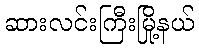
ဆားလင်းကြီးမြို့နယ်